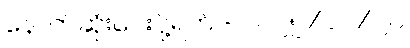
နောက်ဆုံးပေးပို့ရက် - ၂၀၂၅/၁၂/၂၀